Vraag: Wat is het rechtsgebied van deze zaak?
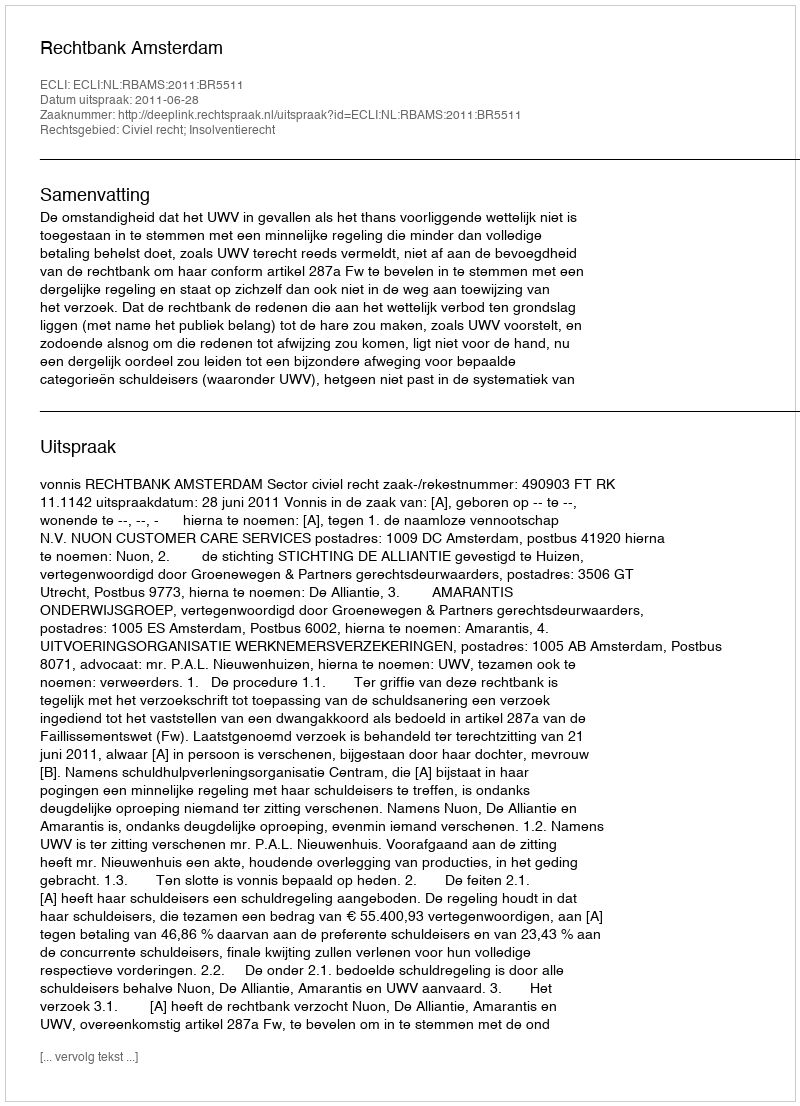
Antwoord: Civiel recht; Insolventierecht